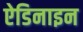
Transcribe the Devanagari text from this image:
ऐडिनाइन